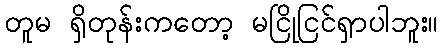
တူမ ရှိတုန်းကတော့ မငြိုငြင်ရှာပါဘူး။